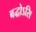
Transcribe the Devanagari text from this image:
बद्धोऽसि